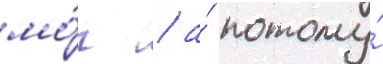
мо́г / а́ потому́